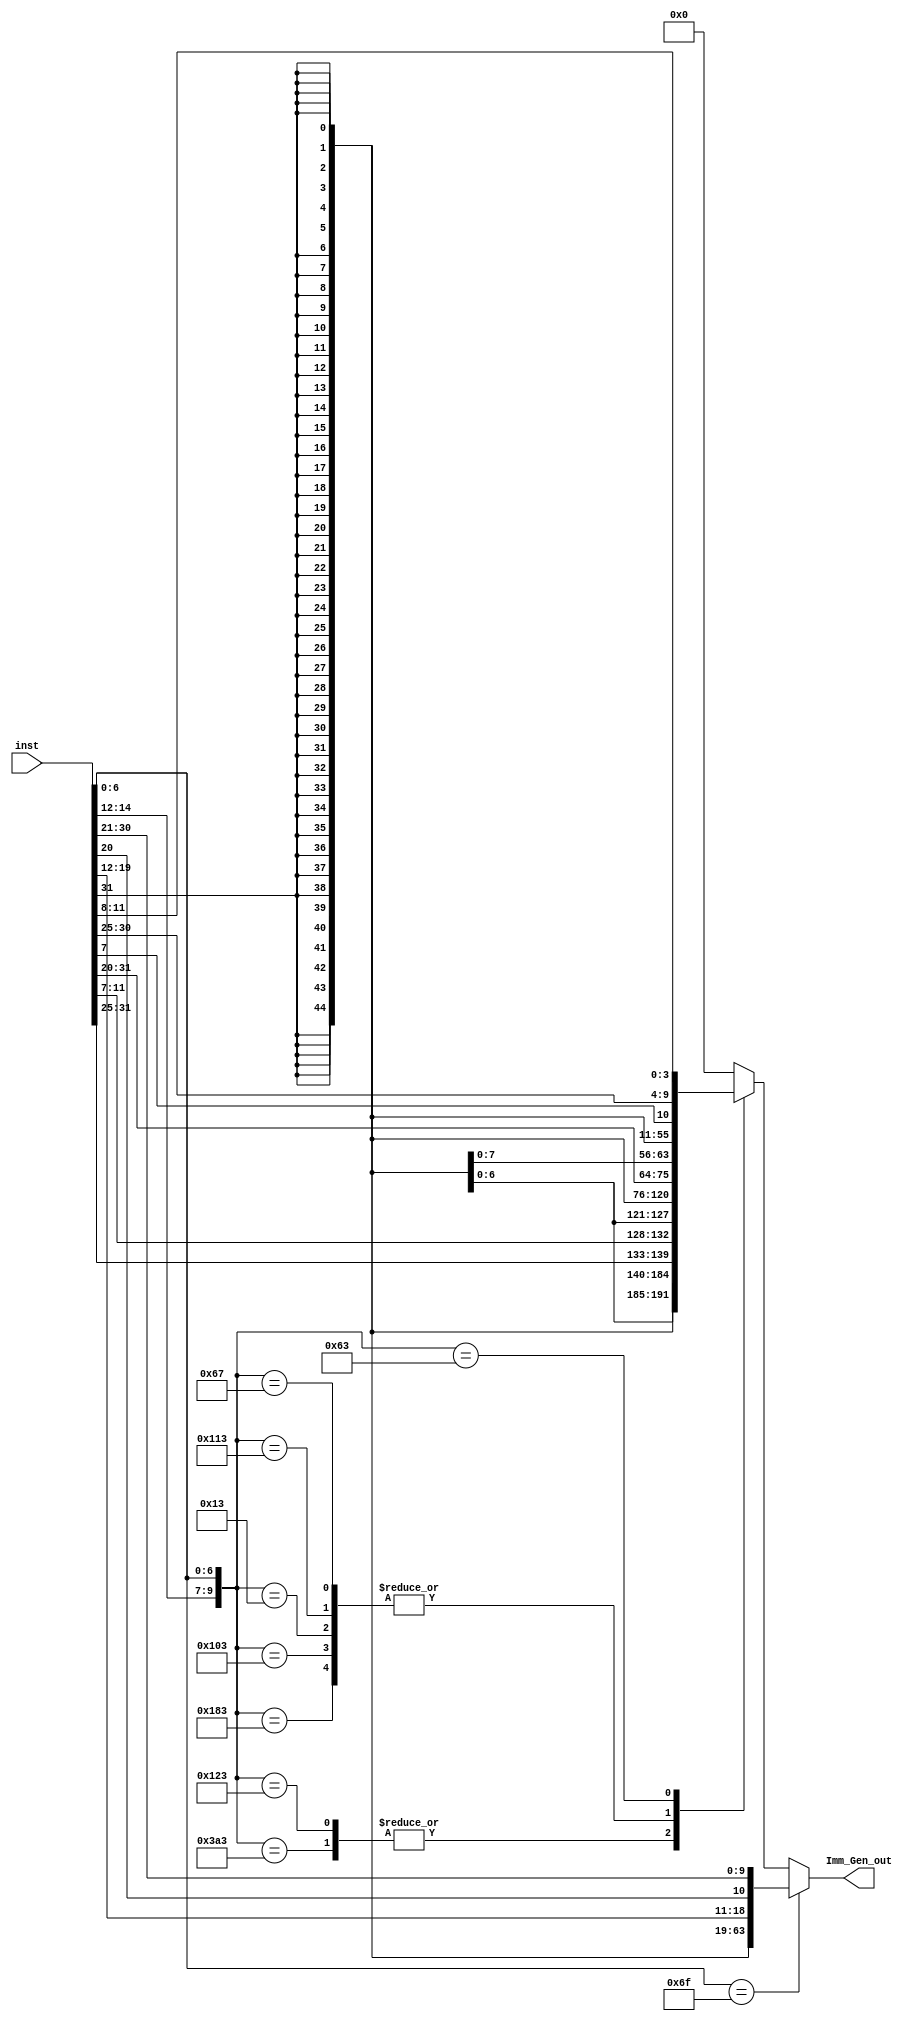
module Imm_Gen(inst,Imm_Gen_out);
  input [31:0] inst;
  output [63:0] Imm_Gen_out;
  reg [63:0] Imm_Gen_out;
  wire [9:0] func_op;
  assign func_op={inst[14:12],inst[6:0]};
  always@(inst)begin
    case(func_op)
      10'b0110000011: Imm_Gen_out={{52{inst[31]}},inst[31:20]};  //ld
      10'b0100000011: Imm_Gen_out={{52{inst[31]}},inst[31:20]};  //lw
      10'b1110100011: Imm_Gen_out={{52{inst[31]}},inst[31:25],inst[11:7]};  //sd
      10'b0100100011: Imm_Gen_out={{52{inst[31]}},inst[31:25],inst[11:7]};  //sw
      10'b0000010011: Imm_Gen_out={{52{inst[31]}},inst[31:20]};  //addi
      10'b0100010011: Imm_Gen_out={{52{inst[31]}},inst[31:20]};  //slti
      10'b0001100111: Imm_Gen_out={{52{inst[31]}},inst[31:20]};  //jalr
      10'b0001100011: Imm_Gen_out={{52{inst[31]}},inst[31],inst[7],inst[30:25],inst[11:8]}; //beq
      default: Imm_Gen_out=64'd0;
    endcase
    if(func_op[6:0]==7'b1101111)   //jal
      Imm_Gen_out={{44{inst[31]}},inst[31],inst[19:12],inst[20],inst[30:21]};
    end
  endmodule